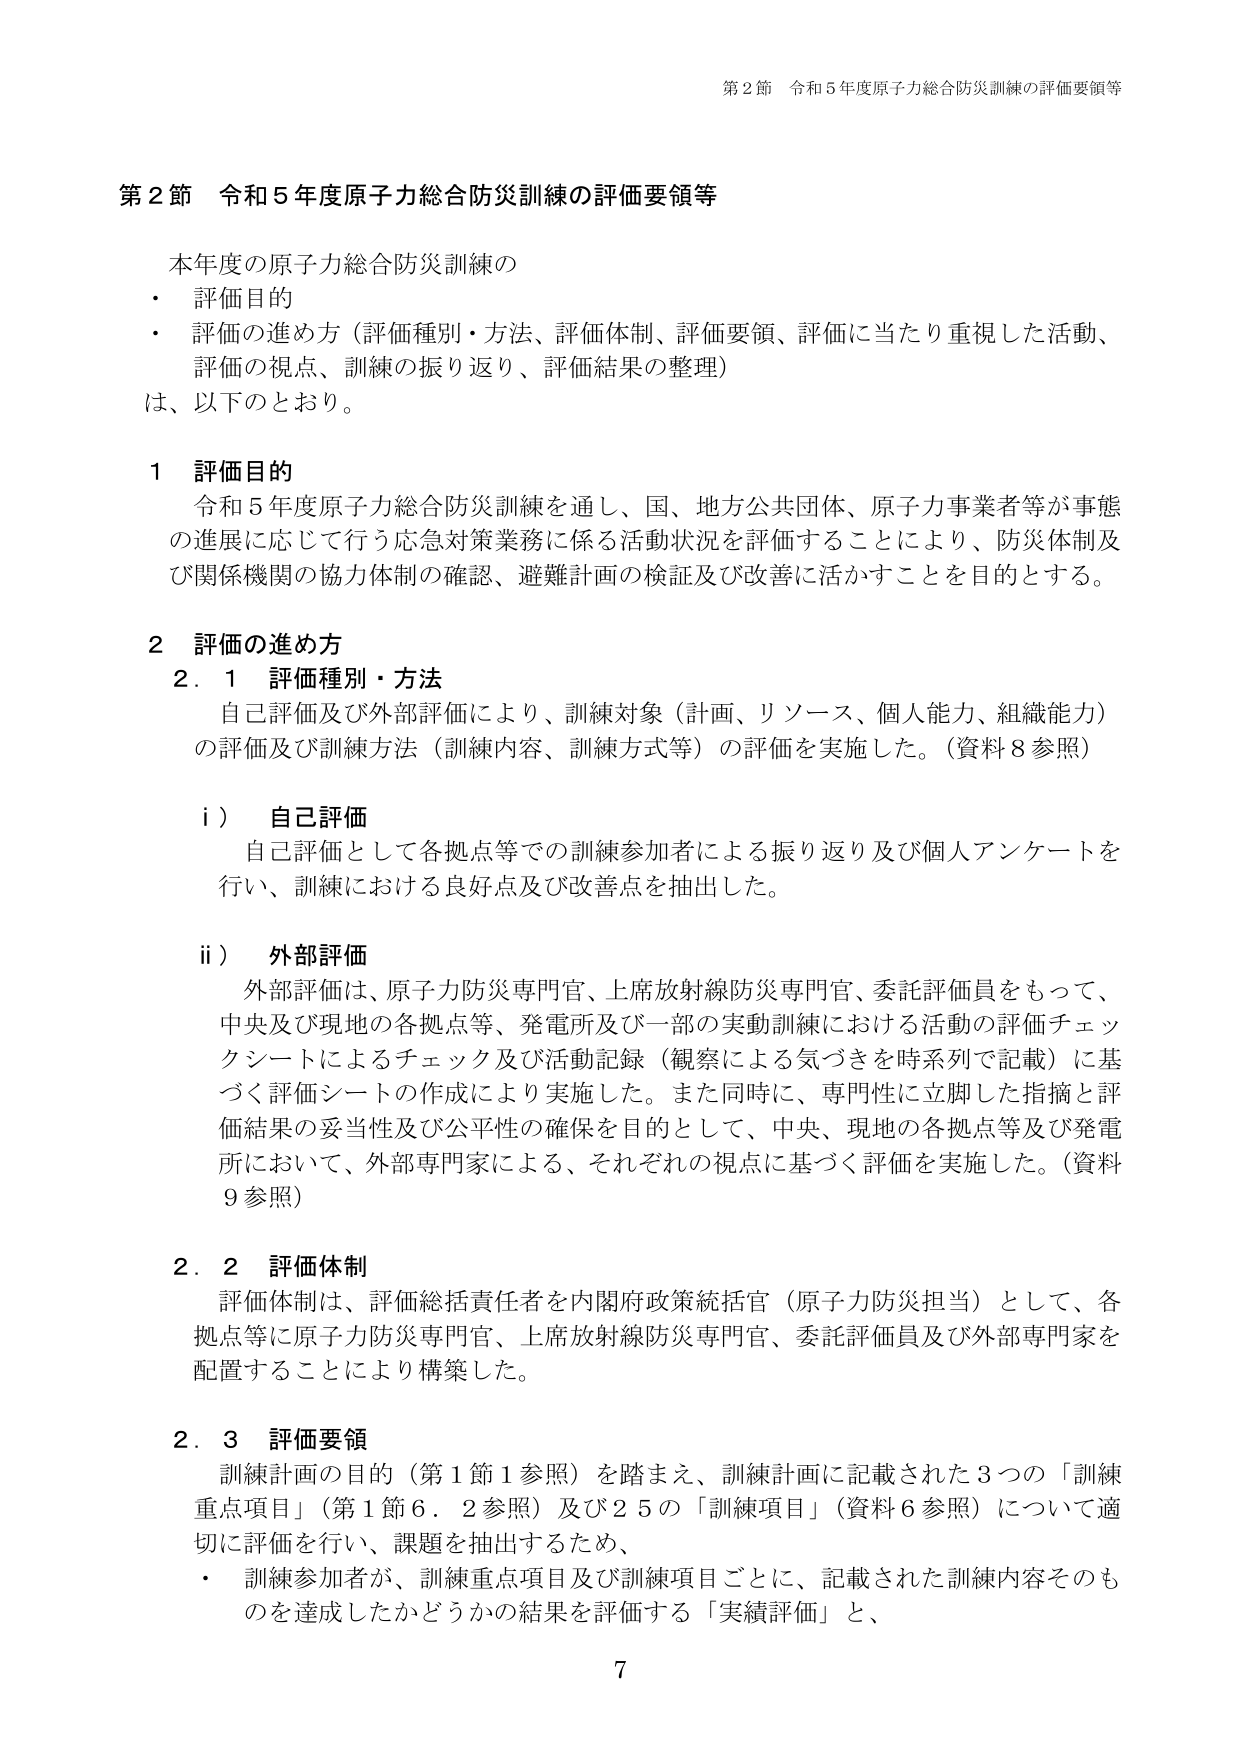
第２節 令和５年度原子力総合防災訓練の評価要領等

本年度の原子力総合防災訓練の
・ 評価目的
・ 評価の進め方（評価種別・方法、評価体制、評価要領、評価に当たり重視した活動、
評価の視点、訓練の振り返り、評価結果の整理）
は、以下のとおり。

１ 評価目的
令和５年度原子力総合防災訓練を通し、国、地方公共団体、原子力事業者等が事態
の進展に応じて行う応急対策業務に係る活動状況を評価することにより、防災体制及
び関係機関の協力体制の確認、避難計画の検証及び改善に活かすことを目的とする。

２ 評価の進め方
２．１ 評価種別・方法
自己評価及び外部評価により、訓練対象（計画、リソース、個人能力、組織能力）
の評価及び訓練方法（訓練内容、訓練方式等）の評価を実施した。（資料８参照）

ⅰ） 自己評価
自己評価として各拠点等での訓練参加者による振り返り及び個人アンケートを
行い、訓練における良好点及び改善点を抽出した。

ⅱ） 外部評価
外部評価は、原子力防災専門官、上席放射線防災専門官、委託評価員をもって、
中央及び現地の各拠点等、発電所及び一部の実動訓練における活動の評価チェッ
クシートによるチェック及び活動記録（観察による気づきを時系列で記載）に基
づく評価シートの作成により実施した。また同時に、専門性に立脚した指摘と評
価結果の妥当性及び公平性の確保を目的として、中央、現地の各拠点等及び発電
所において、外部専門家による、それぞれの視点に基づく評価を実施した。（資料
９参照）

２．２ 評価体制
評価体制は、評価総括責任者を内閣府政策統括官（原子力防災担当）として、各
拠点等に原子力防災専門官、上席放射線防災専門官、委託評価員及び外部専門家を
配置することにより構築した。

２．３ 評価要領
訓練計画の目的（第１節１参照）を踏まえ、訓練計画に記載された３つの「訓練
重点項目」（第１節６．２参照）及び２５の「訓練項目」（資料６参照）について適
切に評価を行い、課題を抽出するため、
・ 訓練参加者が、訓練重点項目及び訓練項目ごとに、記載された訓練内容そのも
のを達成したかどうかの結果を評価する「実績評価」と、
7